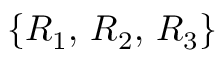
\{ R _ { 1 } , \, R _ { 2 } , \, R _ { 3 } \}